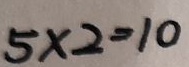
5 \times 2 = 1 0